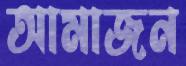
আমাজন